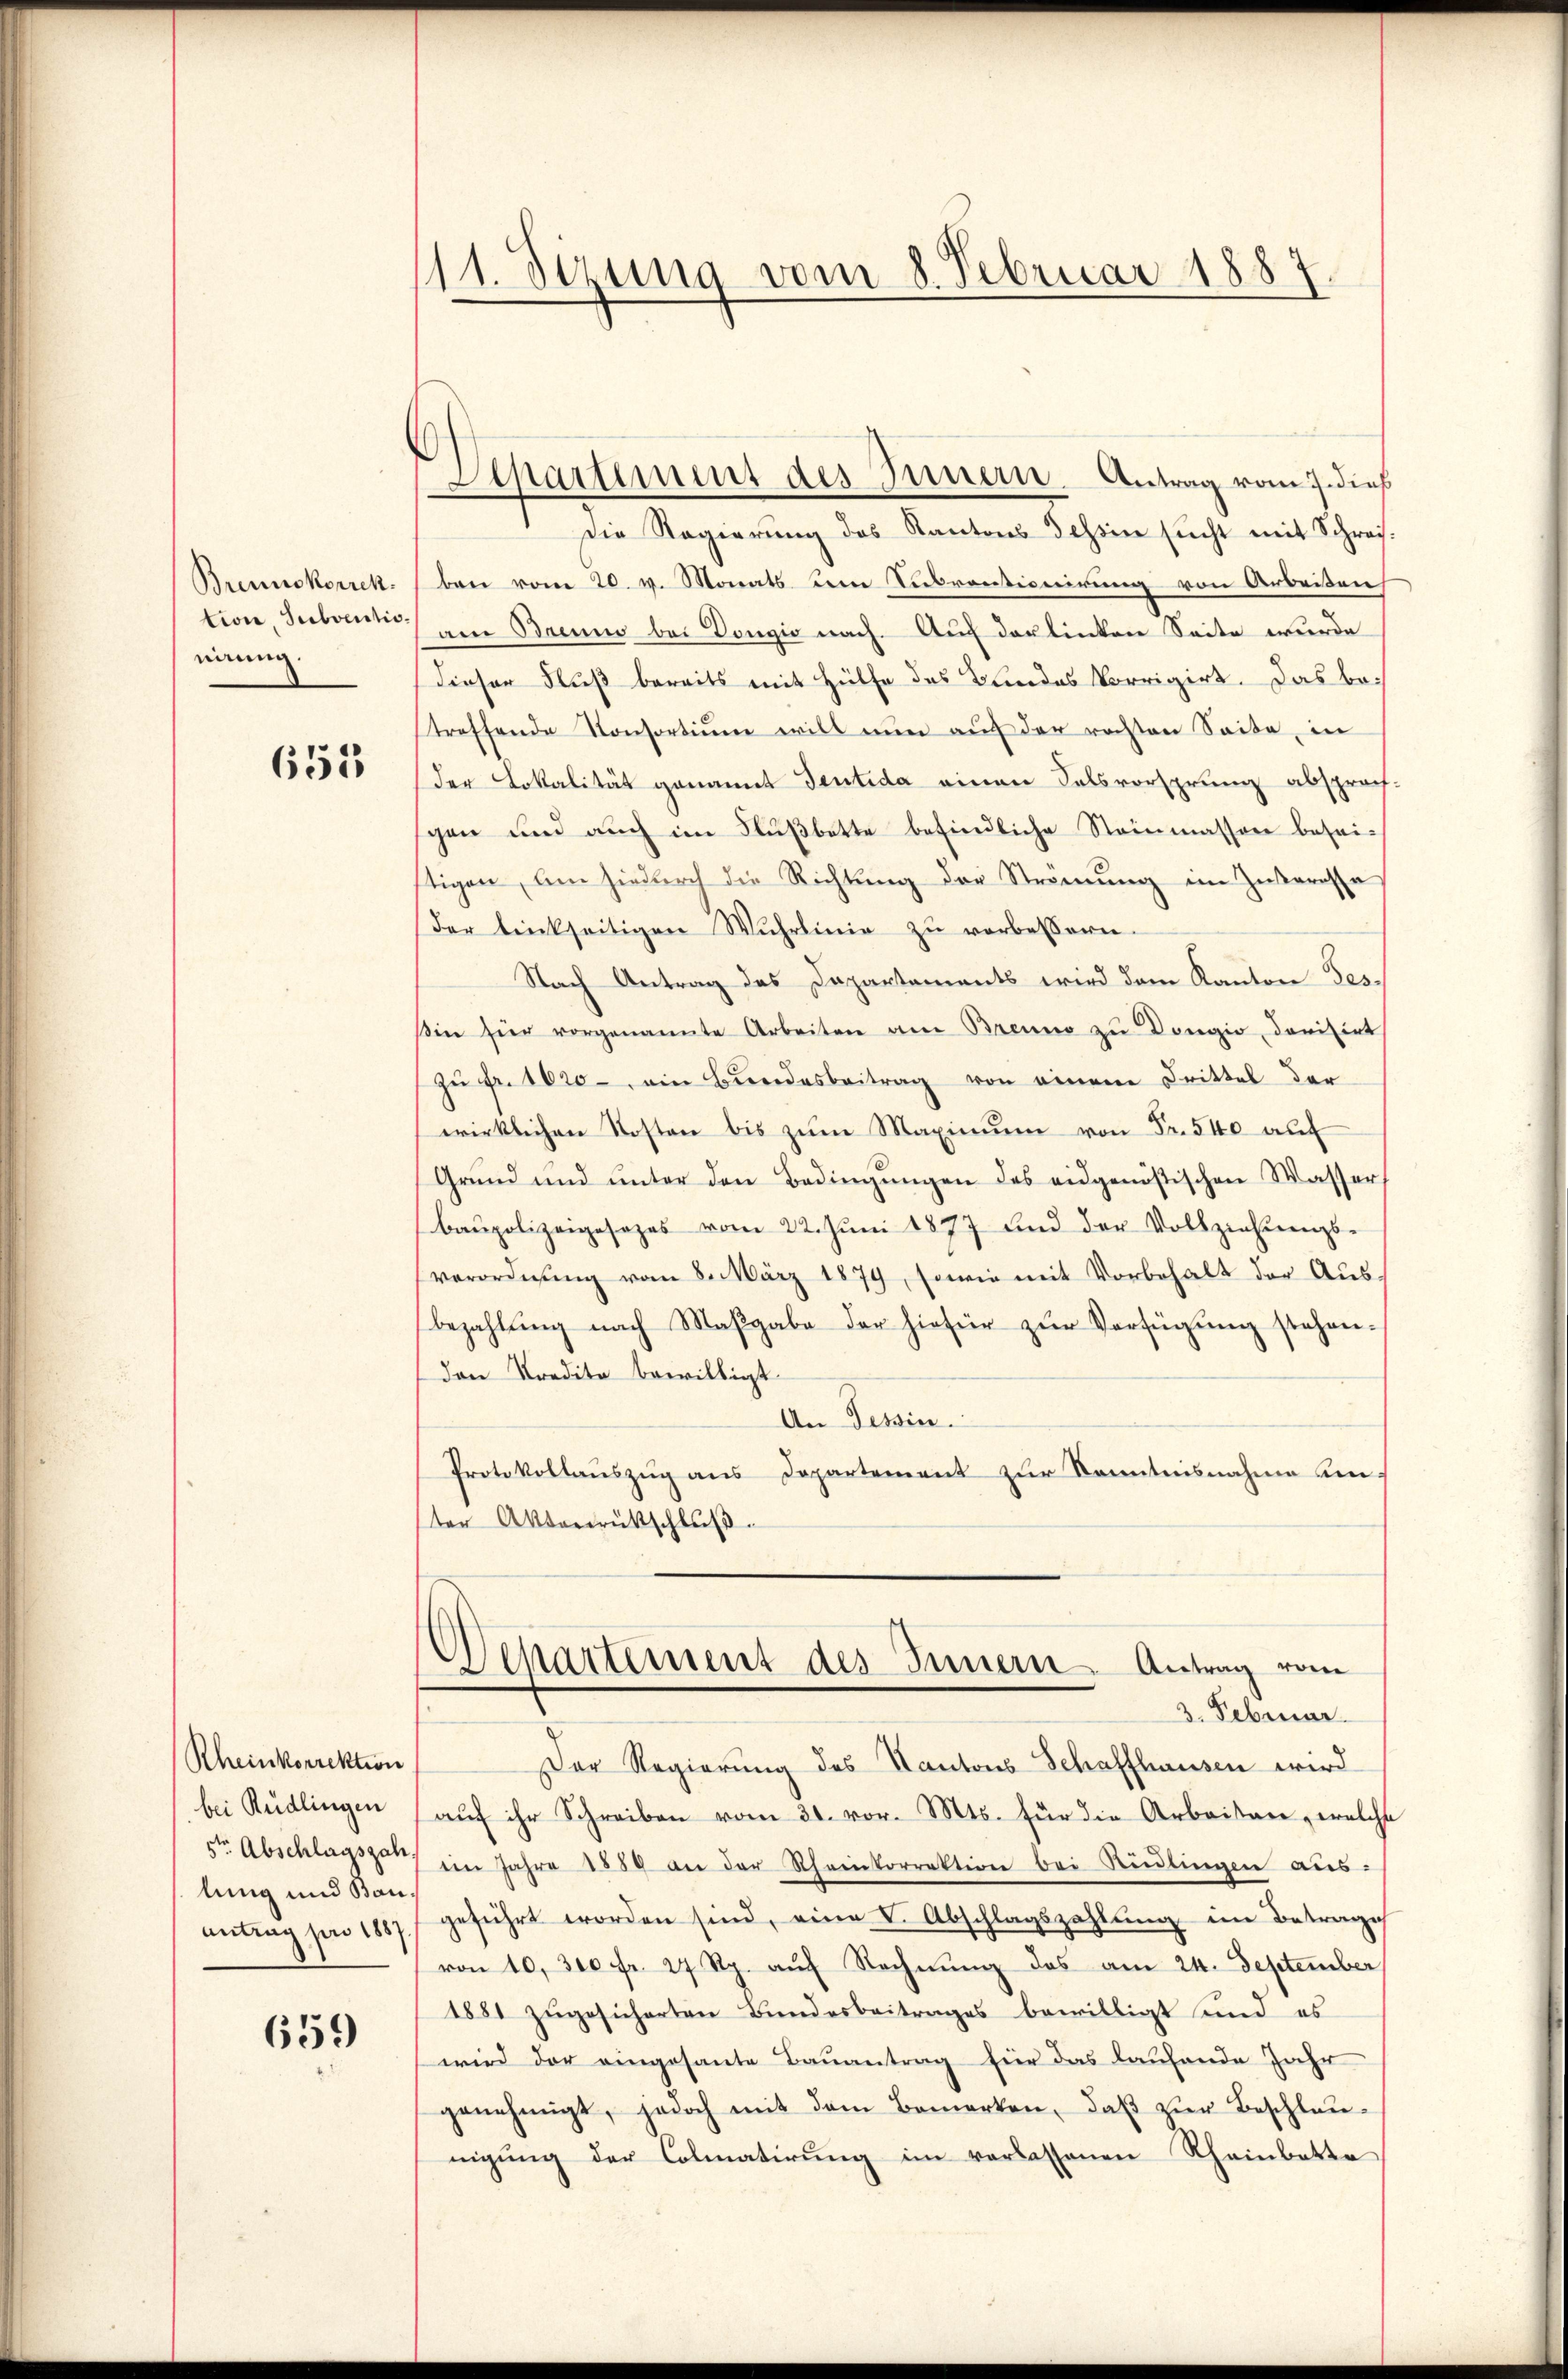
Brennskorrek
tion Subventionirung.

651

Rheinkorrektion
bei Rüdlingen
5ten Abschlagszah.
lung und Bauantrag pro 1887

659

111. Sizung vom 8. Februar 1887

Apartement des Innern. Antrag vom 7. dieß

Die Regierung des Kantons Tessin sucht mit Schreiben vom 20. v. Monats um Subventionirung von Arbeiten
am Brenns bei Dongio nach Auf der linken Seite wurde
dieser Fluß bereits mit Hülfe des Bundes Vorrigirt. Das betreffende Konsortium will nun auf der rechten Seite, in
der Lokalität genannt Teutida einen Salsvorsprung absprachschen und auch im Flußbette befindliche Steinmassen beseitigen, um hiedurch die Richtung der Strennung im Interessa
der linkseitigen Wuhrlinie zu verbessern.
Nach Antrag des Dapartements wird dem Kanton Tes-
sin für vorgenannte Arbeiten am Brenno zu Dongio, dorisirt
zu Fr. 1620, ein Bundesbeitrag von einem Drittel der
wirklichen Kosten bis zum Maximum von Fr. 540 auf
Grŭnd und ŭnter den Bedingŭngen des eidgenößischen Wasser,
baupolizeigesezes vom 22. Juni 1877 und der Vollziehungs-
verordnung vom 8. März 1879, sowie mit Vorbehalt der Aus
bezahlung nach Maßgabe der hiefür zur Verfügung stehenden Predita bewilligt.
An Tessin.
Protokollaŭszŭg ans Departement zŭr Kenntnisnahme umter Aktenrückschlŭβ
Departement des Innern Antrag vom
3. Februar.
Der Regierung des Kantons Schaffhausen wird
aŭf ihr Schreiben vom 31. vor. Mts. für die Arbeiten, welche
im Jahre 1889 an der Rheinkorrektion bei Rüdlingen aus-
geführt worden sind, eine V. Abschlagszahlung im Betrages
von 10. 300 fr. 27 Rp. auf Rechnung das am 24. September
1881 zŭgesicherten Bundesbeitrages bewilligt sind, es
wird der eingesante Bauantrag für das laufende Jahr
genehmigt, jedoch mit dem Bemerken, daβ zŭr Beschleunigŭng der Colmatirŭng im verlassenen Rheinbatte